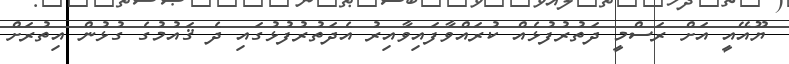
ޔޫއޭއީ އަށް ރަސްމީ ދަތުރުފުޅެއް ކުރައްވާފައިވާއިރު އެދަތުރުފުޅުގައި ދެ ޤައުމުގެ ގުޅުން އިތުރަށް